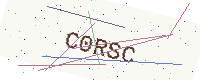
Text: C0RSC